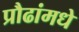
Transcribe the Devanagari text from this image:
प्रौढांमधे